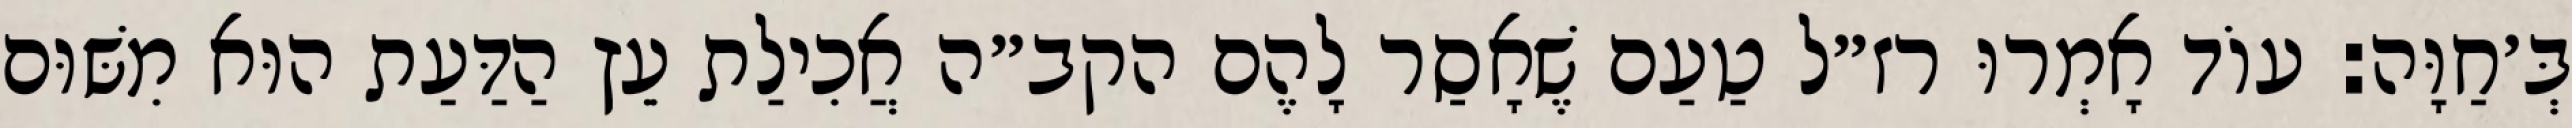
בְּ׳חַוָּה: עוֹד אָמְרוּ רז״ל טַעַם שֶׁאָסַר לָהֶם הקב״ה אֲכִילַת עֵץ הַדַּעַת הוּא מִשּׁוּם